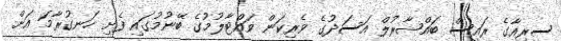
ސީރިއާގެ ރައީސް ބައްޝާރުލް އަސަދުގެ ވެރިކަން ވައްޓާލުމުގެ ބޭނުމުގައި ފެށި ހަނގުރާމަ އަށް